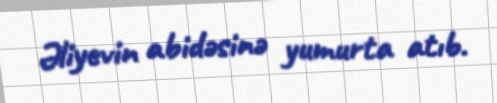
Əliyevin abidəsinə yumurta atıb.